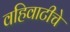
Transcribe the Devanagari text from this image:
वहिवाटीचे